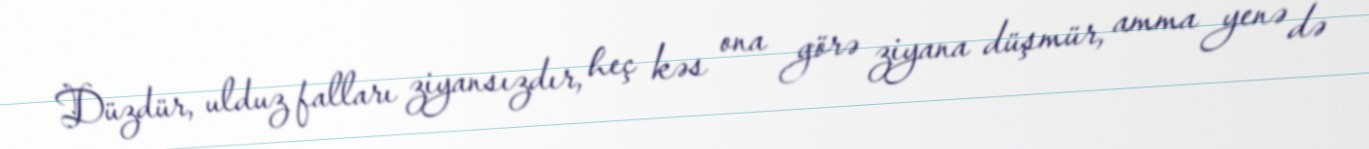
Düzdür, ulduz falları ziyansızdır, heç kəs ona görə ziyana düşmür, amma yenə də